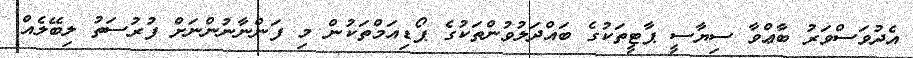
އެދުވަސްވަރު ބާޢްވާ ސިޔާސީ ޕާޓީތަކުގެ ބައްދަލުވުންތަކުގެ ޕޯޑިއަމްތަކުން މި ފަންނާނުންނަށް ފުރުސަތު ލިބޭލެއް